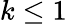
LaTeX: k\leq 1